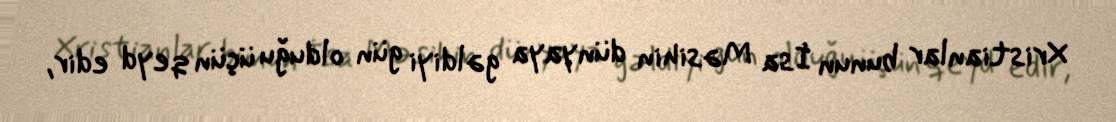
Xristianlar bunun İsa Məsihin dünyaya gəldiyi gün olduğu üçün qeyd edir,